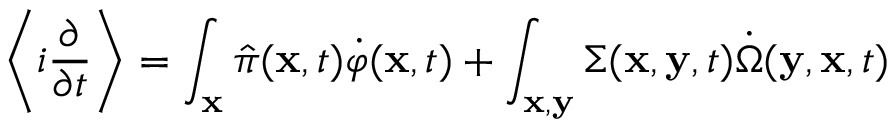
\left\langle i \frac { \partial } { \partial t } \right\rangle = \int _ { \bf x } \hat { \pi } ( { \bf x } , t ) \dot { \varphi } ( { \bf x } , t ) + \int _ { \bf x , y } \Sigma ( { \bf x } , { \bf y } , t ) \dot { \Omega } ( { \bf y } , { \bf x } , t )